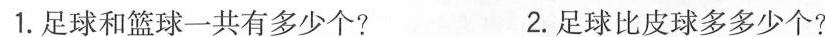
1.足球和篮球一共有多少个? 2.足球比皮球多多少个?